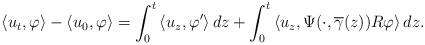
LaTeX: \begin{align*}\left< u_{t},\varphi\right> -\left< u_{0},\varphi\right> = \int_{0}^{t} \left<u_{z},\varphi'\right> dz + \int_{0}^{t} \left<u_{z},\Psi(\cdot,\overline{\gamma}(z))R\varphi\right> dz.\end{align*}